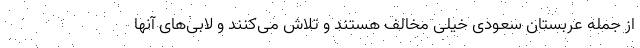
از جمله عربستان سعودی خیلی مخالف هستند و تلاش می‌کنند و لابی‌های آنها